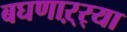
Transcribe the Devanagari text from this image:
बघणाऱ्र्‍या